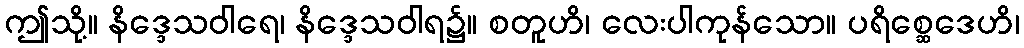
ဤသို့။ နိဒ္ဒေသဝါရေ၊ နိဒ္ဒေသဝါရ၌။ စတူဟိ၊ လေးပါကုန်သော။ ပရိစ္ဆေဒေဟိ၊